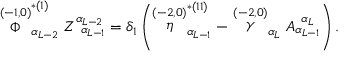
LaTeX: \stackrel { ( - 1 , 0 ) } { \Phi } _ { \alpha _ { L - 2 } } ^ { * ( 1 ) } Z _ { \; \; \alpha _ { L - 1 } } ^ { \alpha _ { L - 2 } } = \delta _ { 1 } \left( \stackrel { ( - 2 , 0 ) } { \eta } _ { \alpha _ { L - 1 } } ^ { * ( 1 1 ) } - \stackrel { ( - 2 , 0 ) } { \gamma } _ { \alpha _ { L } } A _ { \alpha _ { L - 1 } } ^ { \; \; \alpha _ { L } } \right) .